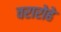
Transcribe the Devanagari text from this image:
वरारोहे